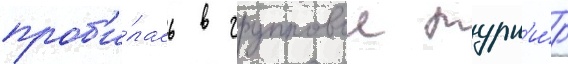
проб'и́лась в групповои турн'и́р